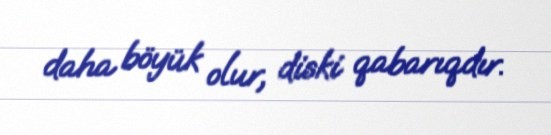
daha böyük olur, diski qabarıqdır.